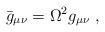
LaTeX: \begin{align*}\bar{g}_{\mu\nu} =\Omega^2 g_{\mu\nu}~, \end{align*}